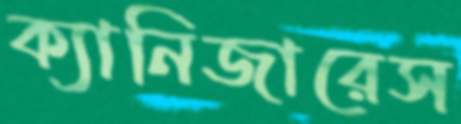
ক্যানিজারেস